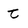
Character: t